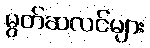
မွတ်ဆလင်များ